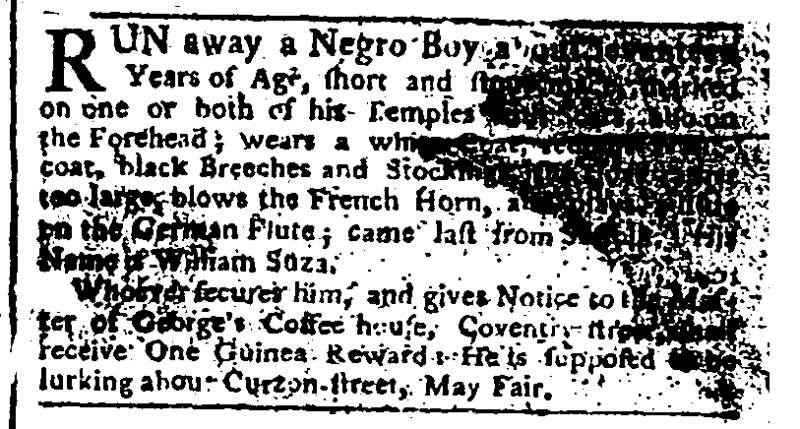
Public Advertiser, 13 December 1771 (England)
RUN away a Negro Boy about seventeen Years of Age, short and stout made, marked on one or both of his Temples with Scars, also on the Forehead; wears a white Coat, reddish Waistcoat, black Breeches and Stockings, the coat rather too large, blows the French Horn, and plays a little on the German Flute; came last from Suffolk. His name is William Suza.   Whoever secures him and gives Notice to the Master of George’s Coffee house, Coventry-street, shall receive One Guinea Reward. He is supposed to be lurking about Curzon-street, May Fair.